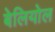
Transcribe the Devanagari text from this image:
बेलियोल